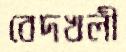
বেদখলী